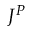
J ^ { P }